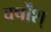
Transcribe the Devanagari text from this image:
वर्षोंश्